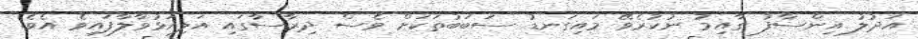
އަދުލު އިންސާފު ގާއިމު ނުކުރެވޭ މައިގަނޑު ސަބަބުތަކަށް ވެސް ދިރާސާގައި އަލިއަޅުވާލާފައިވެ އެވެ.